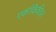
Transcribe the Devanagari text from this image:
एकांकिकीवर